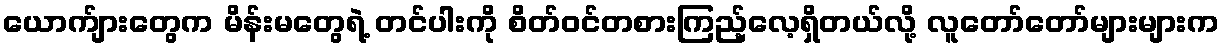
ယောက်ျားတွေက မိန်းမတွေရဲ့ တင်ပါးကို စိတ်ဝင်တစားကြည့်လေ့ရှိတယ်လို့ လူတော်တော်များများက